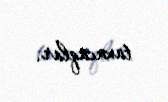
taxacaqlar.